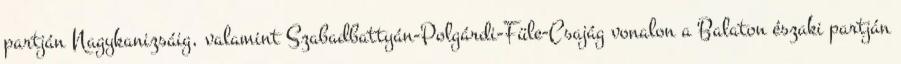
partján Nagykanizsáig, valamint Szabadbattyán-Polgárdi-Füle-Csajág vonalon a Balaton északi partján